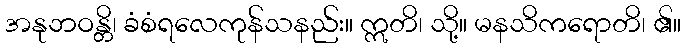
အနုဘဝန္တိ၊ ခံစံရလေကုန်သနည်း။ ဣတိ၊ သို့။ မနသိကရောတိ၊ ၏။